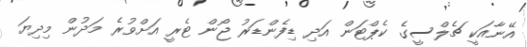
އޭނާއަކީ ޗެލްސީގެ ކެޕްޓަން އަދި ޑިފެންޑަރު ޖޯން ޓެރީ އަށްވުރެ މަދުން މިދިޔަ